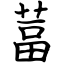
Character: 葍